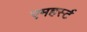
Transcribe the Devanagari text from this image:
एमहर्स्‍ट